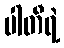
ပါတီရဲ့